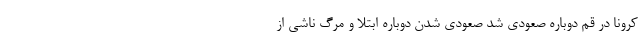
کرونا در قم دوباره صعودی شد صعودی شدن دوباره ابتلا و مرگ ناشی از